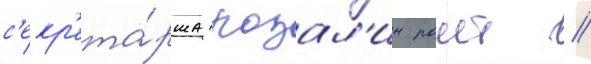
с'екр'ета́рша розал'ин раит //